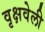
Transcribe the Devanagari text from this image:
वृक्षवेली